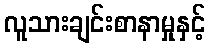
လူသားချင်းစာနာမှုနှင့်